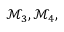
\mathcal { M } _ { 3 } , \mathcal { M } _ { 4 } ,